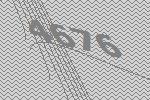
4676